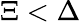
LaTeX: \Xi<\Delta